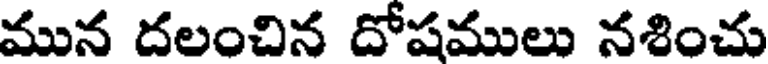
మున దలంచిన దోషములు నశించు